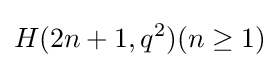
H(2n+1,q^{2})(n\geq 1)